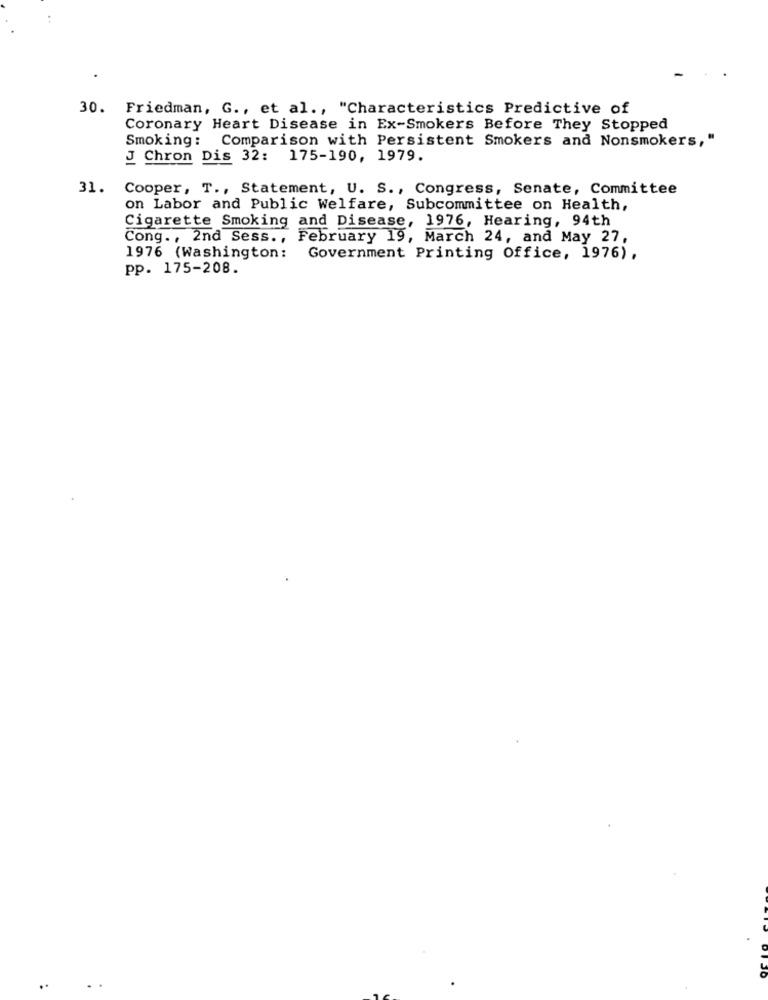
30. Friedman, G ., et al ., "Characteristics Predictive of
Coronary Heart Disease in Ex-Smokers Before They Stopped
Smoking: Comparison with Persistent Smokers and Nonsmokers, "
J Chron Dis 32: 175-190, 1979.
31.
Cooper, T ., Statement, U. S ., Congress, Senate, Committee
on Labor and Public Welfare, Subcommittee on Health,
Cigarette Smoking and Disease, 1976, Hearing, 94th
Cong ., 2nd Sess. ,
February 19, March 24, and May 27,
1976 (Washington:
Government Printing Office, 1976),
pp. 175-208.